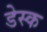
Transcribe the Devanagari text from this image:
डेस्‍क